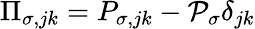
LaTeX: \Pi_{\sigma,jk}=P_{\sigma,jk}-{\cal P}_{\sigma}\delta_{jk}